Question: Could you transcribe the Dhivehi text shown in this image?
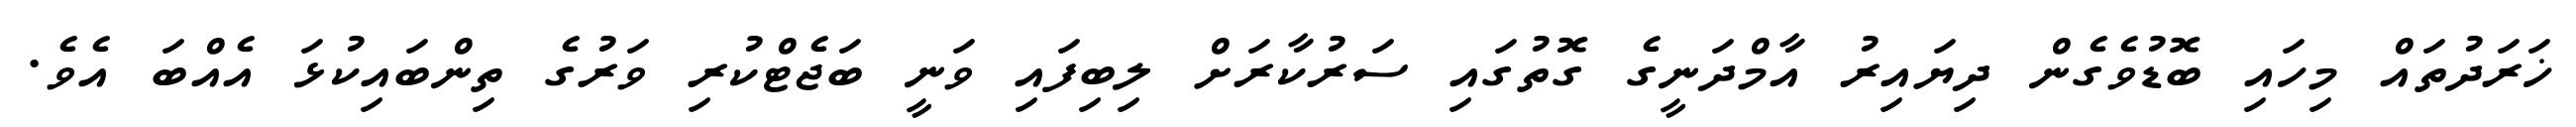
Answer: ޚަރަދުތައް މިހައި ބޮޑުވެގެން ދިޔައިރު އާމްދަނީގެ ގޮތުގައި ސަރުކާރަށް ލިބިފައި ވަނީ ބަޖެޓްކުރި ވަރުގެ ތިންބައިކުޅަ އެއްބަ އެވެ.